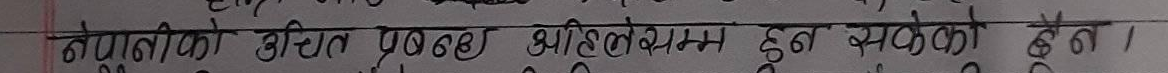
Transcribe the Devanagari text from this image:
नेपालीको कथित प्रचण्ड आन्दोलन हुन सकेको छैन।